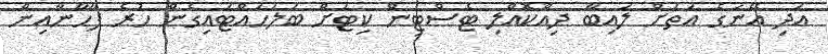
އަދި އޭނަގެ އަތަށް ލައިބާ ދިއްކޮއްލި ޓެސްޓިން ކިޓަށް ބަލަހައްޓައިގެން ހުރެ ފާހާނާއިން